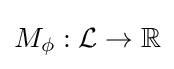
M_{\phi }:{\mathcal {L}}\to \mathbb {R}